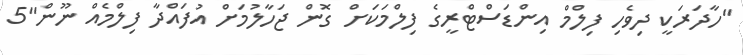
"ހާދަރަކީ ދިވެހި ފިލްމް އިންޑަސްޓްރީގެ ފިލްމަކަށް ގޮން ޖަހާލުމަށް އުފައްދާ ފިލްމެއް ނޫން"5